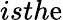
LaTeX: isth\mathrm{e}